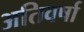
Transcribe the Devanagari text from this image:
अतिवर्षा